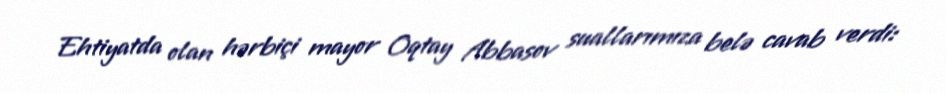
Ehtiyatda olan hərbiçi mayor Oqtay Abbasov suallarımıza belə cavab verdi: